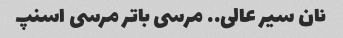
نان سیر عالی.. مرسی باتر مرسی اسنپ